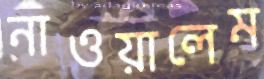
নাওয়ালেম